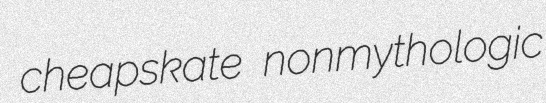
cheapskate nonmythologic